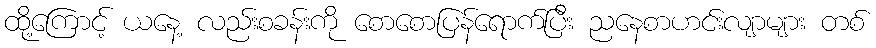
ထို့ကြောင့် ယနေ့ လည်းစခန်းကို စောစောပြန်ရောက်ပြီး ညနေစာဟင်းလျာများ တစ်